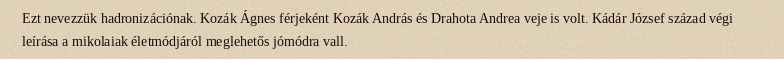
Ezt nevezzük hadronizációnak. Kozák Ágnes férjeként Kozák András és Drahota Andrea veje is volt. Kádár József század végi leírása a mikolaiak életmódjáról meglehetős jómódra vall.